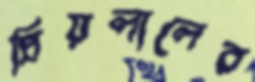
প্রিয়লালের